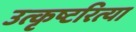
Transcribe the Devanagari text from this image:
उत्कृष्टरित्या